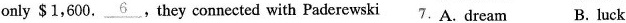
only $1,600. \underline{6} .They connected with Paderewski 7.A. dream B. luck